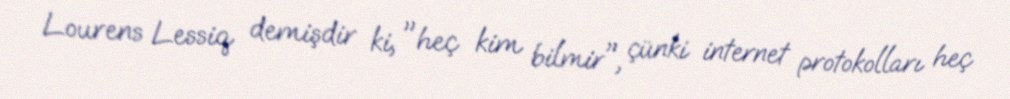
Lourens Lessiq demişdir ki, "heç kim bilmir", çünki internet protokolları heç